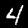
Digit: 4